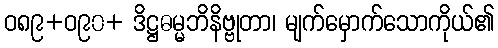
ဝ၈၉+ဝ၉၀+ ဒိဋ္ဌဓမ္မဘိနိဗ္ဗုတာ၊ မျက်မှောက်သောကိုယ်၏